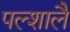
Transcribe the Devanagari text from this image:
पल्शालै